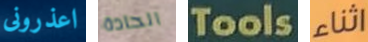
اعذرونى الحادة Tools اثناء